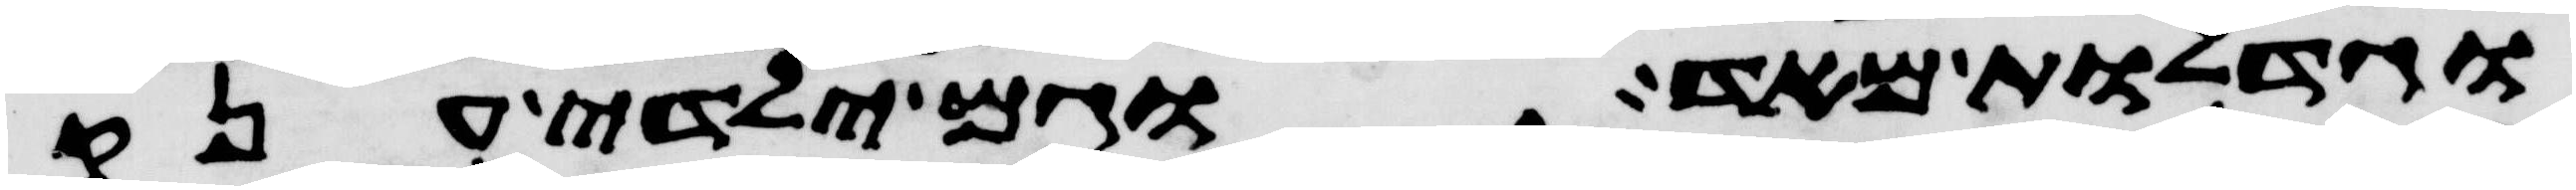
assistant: וגדלות מאד וגם ילידי ענק